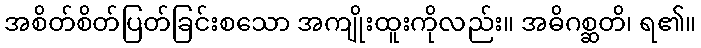
အစိတ်စိတ်ပြတ်ခြင်းစသော အကျိုးထူးကိုလည်း။ အဓိဂစ္ဆတိ၊ ရ၏။